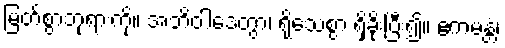
မြတ်စွာဘုရားကို။ အဘိဝါဒေတွာ၊ ရိုသေစွာ ရှိခိုးပြီး၍။ ဧကမန္တံ၊